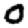
Digit: 0